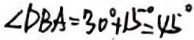
\angle D B A = 3 0 ^ { \circ } + 1 5 ^ { \circ } = 4 5 ^ { \circ }